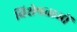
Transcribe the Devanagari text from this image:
विशेषताओें